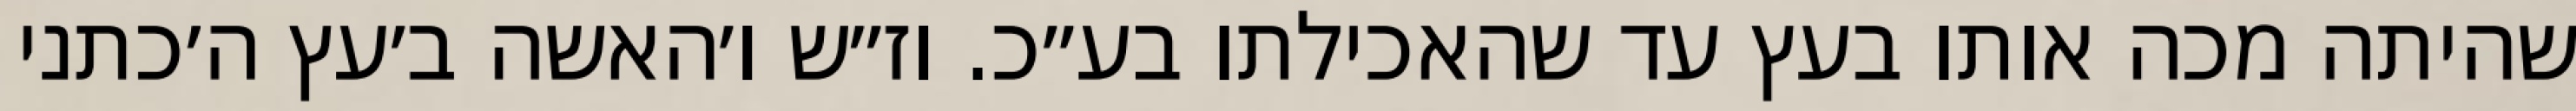
שהיתה מכה אותו בעץ עד שהאכילתו בע״כ. וז״ש ו׳האשה ב׳עץ ה׳כתני